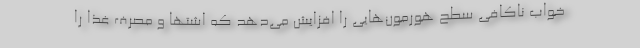
خواب ناکافی سطح هورمون‌هایی را افزایش می‌دهد که اشتها و مصرف غذا را